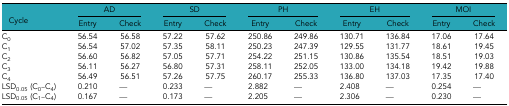
<table><thead><tr><td rowspan="2"><b>Cycle</b></td><td colspan="2"><b>AD</b></td><td colspan="2"><b>SD</b></td><td colspan="2"><b>PH</b></td><td colspan="2"><b>EH</b></td><td colspan="2"><b>MOI</b></td></tr><tr><td><b>Entry</b></td><td><b>Check</b></td><td><b>Entry</b></td><td><b>Check</b></td><td><b>Entry</b></td><td><b>Check</b></td><td><b>Entry</b></td><td><b>Check</b></td><td><b>Entry</b></td><td><b>Check</b></td></tr></thead><tbody><tr><td>C<sub>0</sub></td><td>56.54</td><td>56.58</td><td>57.22</td><td>57.62</td><td>250.86</td><td>249.86</td><td>130.71</td><td>136.84</td><td>17.06</td><td>17.64</td></tr><tr><td>C<sub>1</sub></td><td>56.54</td><td>57.02</td><td>57.35</td><td>58.11</td><td>250.23</td><td>247.39</td><td>129.55</td><td>131.77</td><td>18.61</td><td>19.45</td></tr><tr><td>C<sub>2</sub></td><td>56.60</td><td>56.82</td><td>57.05</td><td>57.71</td><td>254.22</td><td>251.15</td><td>130.86</td><td>135.54</td><td>18.51</td><td>19.03</td></tr><tr><td>C<sub>3</sub></td><td>56.11</td><td>56.27</td><td>56.80</td><td>57.31</td><td>258.11</td><td>252.05</td><td>133.00</td><td>134.18</td><td>19.42</td><td>19.88</td></tr><tr><td>C<sub>4</sub></td><td>56.49</td><td>56.51</td><td>57.26</td><td>57.75</td><td>260.17</td><td>255.33</td><td>136.80</td><td>137.03</td><td>17.35</td><td>17.40</td></tr><tr><td>LSD<sub>0.05</sub> (C<sub>0</sub>–C<sub>4</sub>)</td><td>0.210</td><td>—</td><td>0.233</td><td>—</td><td>2.882</td><td>—</td><td>2.408</td><td>—</td><td>0.254</td><td>—</td></tr><tr><td>LSD<sub>0.05</sub> (C<sub>1</sub>–C<sub>4</sub>)</td><td>0.167</td><td>—</td><td>0.173</td><td>—</td><td>2.205</td><td>—</td><td>2.306</td><td>—</td><td>0.230</td><td>—</td></tr></tbody></table>